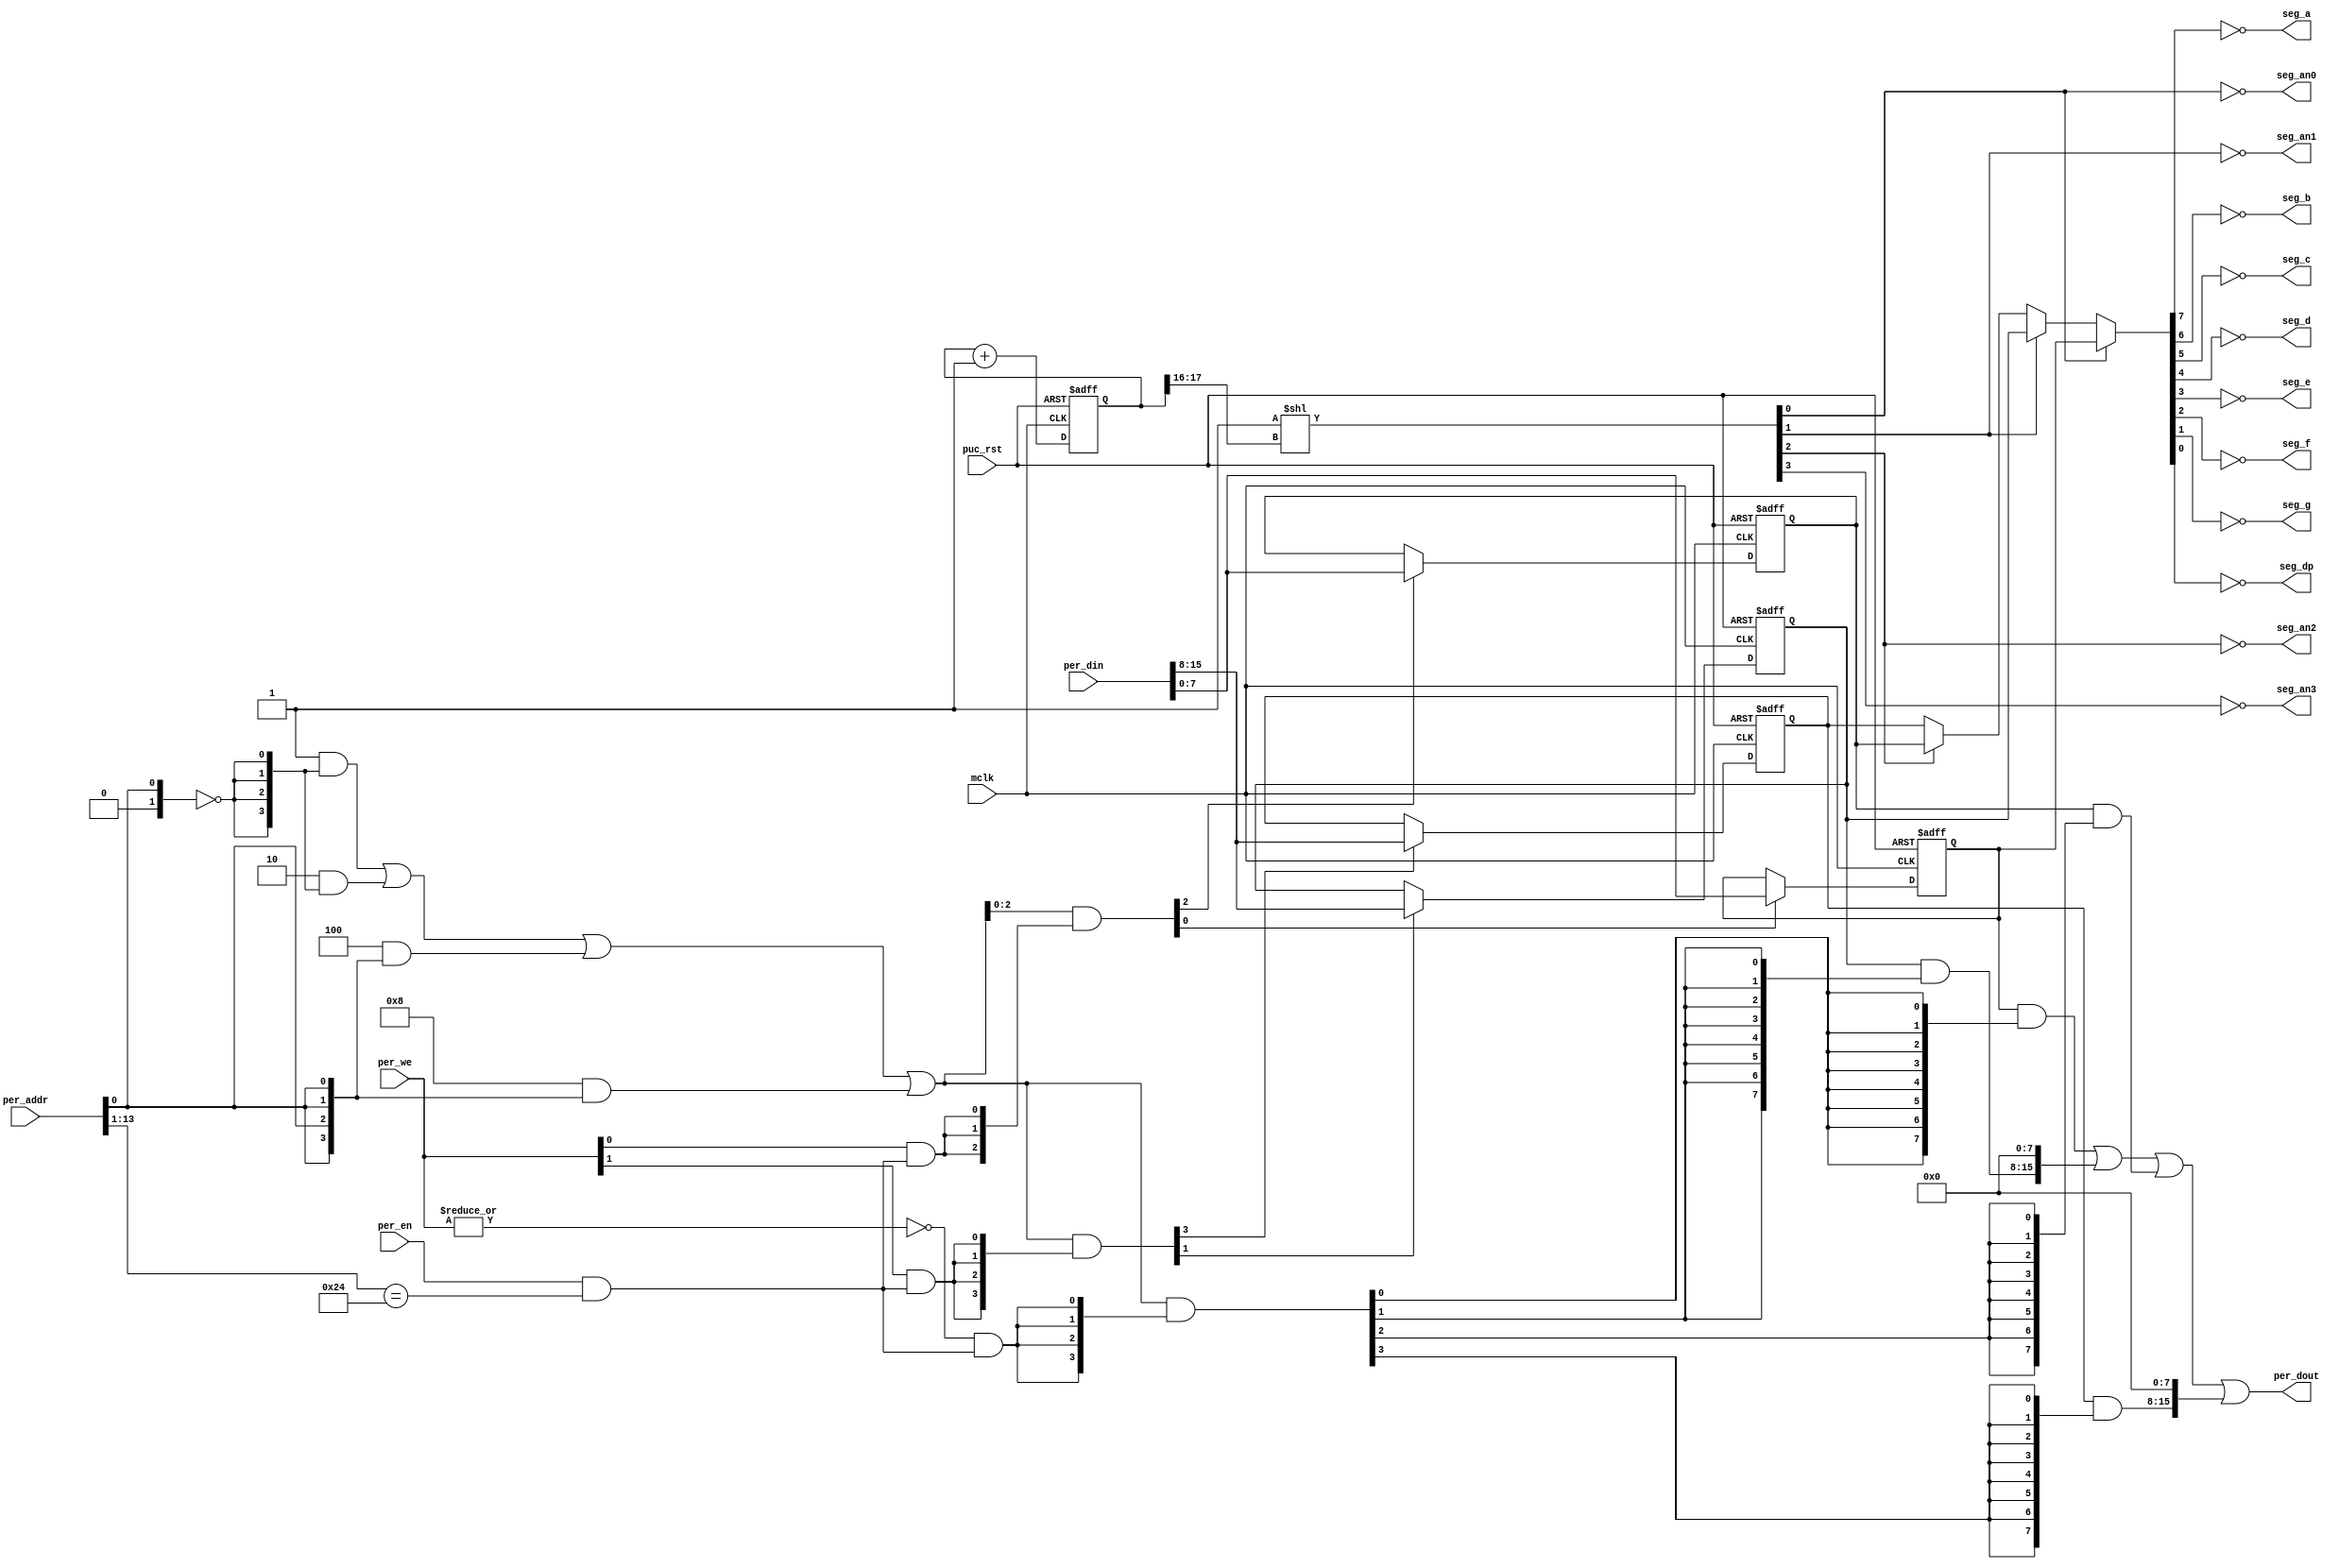
//----------------------------------------------------------------------------
// Copyright (C) 2001 Authors
//
// This source file may be used and distributed without restriction provided
// that this copyright statement is not removed from the file and that any
// derivative work contains the original copyright notice and the associated
// disclaimer.
//
// This source file is free software; you can redistribute it and/or modify
// it under the terms of the GNU Lesser General Public License as published
// by the Free Software Foundation; either version 2.1 of the License, or
// (at your option) any later version.
//
// This source is distributed in the hope that it will be useful, but WITHOUT
// ANY WARRANTY; without even the implied warranty of MERCHANTABILITY or
// FITNESS FOR A PARTICULAR PURPOSE. See the GNU Lesser General Public
// License for more details.
//
// You should have received a copy of the GNU Lesser General Public License
// along with this source; if not, write to the Free Software Foundation,
// Inc., 51 Franklin Street, Fifth Floor, Boston, MA  02110-1301  USA
//
//----------------------------------------------------------------------------
//
// *File Name: driver_7segment.v
// 
// *Module Description:
//                      Driver for the four-digit, seven-segment LED display.
//
// *Author(s):
//              - Olivier Girard,    olgirard@gmail.com
//
//----------------------------------------------------------------------------
// $Rev$
// $LastChangedBy$
// $LastChangedDate$
//----------------------------------------------------------------------------

module  driver_7segment (

// OUTPUTs
    per_dout,                       // Peripheral data output
    seg_a,                          // Segment A control
    seg_b,                          // Segment B control
    seg_c,                          // Segment C control
    seg_d,                          // Segment D control
    seg_e,                          // Segment E control
    seg_f,                          // Segment F control
    seg_g,                          // Segment G control
    seg_dp,                         // Segment DP control
    seg_an0,                        // Anode 0 control
    seg_an1,                        // Anode 1 control
    seg_an2,                        // Anode 2 control
    seg_an3,                        // Anode 3 control

// INPUTs
    mclk,                           // Main system clock
    per_addr,                       // Peripheral address
    per_din,                        // Peripheral data input
    per_en,                         // Peripheral enable (high active)
    per_we,                         // Peripheral write enable (high active)
    puc_rst                         // Main system reset
);

// OUTPUTs
//=========
output      [15:0] per_dout;        // Peripheral data output
output             seg_a;           // Segment A control
output             seg_b;           // Segment B control
output             seg_c;           // Segment C control
output             seg_d;           // Segment D control
output             seg_e;           // Segment E control
output             seg_f;           // Segment F control
output             seg_g;           // Segment G control
output             seg_dp;          // Segment DP control
output             seg_an0;         // Anode 0 control
output             seg_an1;         // Anode 1 control
output             seg_an2;         // Anode 2 control
output             seg_an3;         // Anode 3 control

// INPUTs
//=========
input              mclk;            // Main system clock
input       [13:0] per_addr;        // Peripheral address
input       [15:0] per_din;         // Peripheral data input
input              per_en;          // Peripheral enable (high active)
input        [1:0] per_we;          // Peripheral write enable (high active)
input              puc_rst;         // Main system reset


//=============================================================================
// 1)  PARAMETER DECLARATION
//=============================================================================

// Register base address (must be aligned to decoder bit width)
parameter       [14:0] BASE_ADDR   = 15'h0090;

// Decoder bit width (defines how many bits are considered for address decoding)
parameter              DEC_WD      =  2;

// Register addresses offset
parameter [DEC_WD-1:0] DIGIT0      =  'h0,
                       DIGIT1      =  'h1,
                       DIGIT2      =  'h2,
                       DIGIT3      =  'h3;

   
// Register one-hot decoder utilities
parameter              DEC_SZ      =  2**DEC_WD;
parameter [DEC_SZ-1:0] BASE_REG    =  {{DEC_SZ-1{1'b0}}, 1'b1};

// Register one-hot decoder
parameter [DEC_SZ-1:0] DIGIT0_D  = (BASE_REG << DIGIT0),
                       DIGIT1_D  = (BASE_REG << DIGIT1), 
                       DIGIT2_D  = (BASE_REG << DIGIT2), 
                       DIGIT3_D  = (BASE_REG << DIGIT3); 


//============================================================================
// 2)  REGISTER DECODER
//============================================================================

// Local register selection
wire              reg_sel      =  per_en & (per_addr[13:DEC_WD-1]==BASE_ADDR[14:DEC_WD]);

// Register local address
wire [DEC_WD-1:0] reg_addr     =  {1'b0, per_addr[DEC_WD-2:0]};

// Register address decode
wire [DEC_SZ-1:0] reg_dec      = (DIGIT0_D  &  {DEC_SZ{(reg_addr==(DIGIT0 >>1))}}) |
                                 (DIGIT1_D  &  {DEC_SZ{(reg_addr==(DIGIT1 >>1))}}) |
                                 (DIGIT2_D  &  {DEC_SZ{(reg_addr==(DIGIT2 >>1))}}) |
                                 (DIGIT3_D  &  {DEC_SZ{(reg_addr==(DIGIT3 >>1))}});

// Read/Write probes
wire              reg_lo_write =  per_we[0] & reg_sel;
wire              reg_hi_write =  per_we[1] & reg_sel;
wire              reg_read     = ~|per_we   & reg_sel;

// Read/Write vectors
wire [DEC_SZ-1:0] reg_hi_wr    = reg_dec & {DEC_SZ{reg_hi_write}};
wire [DEC_SZ-1:0] reg_lo_wr    = reg_dec & {DEC_SZ{reg_lo_write}};
wire [DEC_SZ-1:0] reg_rd       = reg_dec & {DEC_SZ{reg_read}};


//============================================================================
// 3) REGISTERS
//============================================================================

// DIGIT0 Register
//-----------------
reg  [7:0] digit0;

wire       digit0_wr  = DIGIT0[0] ? reg_hi_wr[DIGIT0] : reg_lo_wr[DIGIT0];
wire [7:0] digit0_nxt = DIGIT0[0] ? per_din[15:8]     : per_din[7:0];

always @ (posedge mclk or posedge puc_rst)
  if (puc_rst)        digit0 <=  8'h00;
  else if (digit0_wr) digit0 <=  digit0_nxt;

   
// DIGIT1 Register
//-----------------
reg  [7:0] digit1;

wire       digit1_wr  = DIGIT1[0] ? reg_hi_wr[DIGIT1] : reg_lo_wr[DIGIT1];
wire [7:0] digit1_nxt = DIGIT1[0] ? per_din[15:8]     : per_din[7:0];

always @ (posedge mclk or posedge puc_rst)
  if (puc_rst)        digit1 <=  8'h00;
  else if (digit1_wr) digit1 <=  digit1_nxt;

   
// DIGIT2 Register
//-----------------
reg  [7:0] digit2;

wire       digit2_wr  = DIGIT2[0] ? reg_hi_wr[DIGIT2] : reg_lo_wr[DIGIT2];
wire [7:0] digit2_nxt = DIGIT2[0] ? per_din[15:8]     : per_din[7:0];

always @ (posedge mclk or posedge puc_rst)
  if (puc_rst)        digit2 <=  8'h00;
  else if (digit2_wr) digit2 <=  digit2_nxt;

   
// DIGIT3 Register
//-----------------
reg  [7:0] digit3;

wire       digit3_wr  = DIGIT3[0] ? reg_hi_wr[DIGIT3] : reg_lo_wr[DIGIT3];
wire [7:0] digit3_nxt = DIGIT3[0] ? per_din[15:8]     : per_din[7:0];

always @ (posedge mclk or posedge puc_rst)
  if (puc_rst)        digit3 <=  8'h00;
  else if (digit3_wr) digit3 <=  digit3_nxt;


//============================================================================
// 4) DATA OUTPUT GENERATION
//============================================================================

// Data output mux
wire [15:0] digit0_rd   = (digit0  & {8{reg_rd[DIGIT0]}})  << (8 & {4{DIGIT0[0]}});
wire [15:0] digit1_rd   = (digit1  & {8{reg_rd[DIGIT1]}})  << (8 & {4{DIGIT1[0]}});
wire [15:0] digit2_rd   = (digit2  & {8{reg_rd[DIGIT2]}})  << (8 & {4{DIGIT2[0]}});
wire [15:0] digit3_rd   = (digit3  & {8{reg_rd[DIGIT3]}})  << (8 & {4{DIGIT3[0]}});

wire [15:0] per_dout  =  digit0_rd  |
                         digit1_rd  |
                         digit2_rd  |
                         digit3_rd;

   
//============================================================================
// 5) FOUR-DIGIT, SEVEN-SEGMENT LED DISPLAY DRIVER
//============================================================================

// Anode selection
//------------------

// Free running counter
reg [23:0] anode_cnt;
always @ (posedge mclk or posedge puc_rst)
if (puc_rst) anode_cnt <=  24'h00_0000;
else         anode_cnt <=  anode_cnt+24'h00_0001;

// Anode selection
wire [3:0] seg_an  = (4'h1 << anode_cnt[17:16]);
wire       seg_an0 = ~seg_an[0];
wire       seg_an1 = ~seg_an[1];
wire       seg_an2 = ~seg_an[2];
wire       seg_an3 = ~seg_an[3];


// Segment selection
//----------------------------

wire [7:0] digit  = seg_an[0] ? digit0 :
	            seg_an[1] ? digit1 : 
                    seg_an[2] ? digit2 :
                                digit3;

wire       seg_a  = ~digit[7];
wire       seg_b  = ~digit[6];
wire       seg_c  = ~digit[5];
wire       seg_d  = ~digit[4];
wire       seg_e  = ~digit[3];
wire       seg_f  = ~digit[2];
wire       seg_g  = ~digit[1];
wire       seg_dp = ~digit[0];

	   
endmodule // driver_7segment